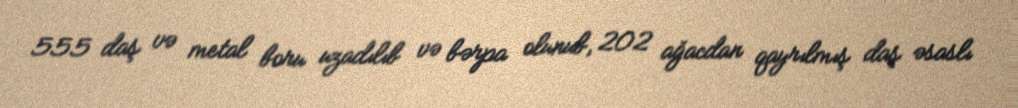
555 daş və metal boru uzadılıb və bərpa olunub, 202 ağacdan qayrılmış daş əsaslı